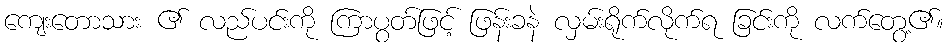
ကျေးတောသား ၏ လည်ပင်းကို ကြာပွတ်ဖြင့် ဖြန်းခနဲ လှမ်းရိုက်လိုက်ရ ခြင်းကို လက်တွေ့၏။